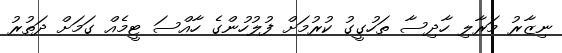
ނިޒާރު މަރާލި ހާދިސާ ތަހުގީގު ކުރުމަށް ފުލުހުންގެ ހާއްސަ ޓީމެއް ގަމަށް ދަތުރު